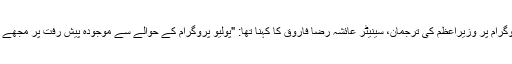
پولیو کے تدارک کے پروگرام پر وزیراعظم کی ترجمان، سینیٹر عائشہ رضا فاروق کا کہنا تھا: "پولیو پروگرام کے حوالے سے موجودہ پیش رفت پر مجھے فخر محسوس ہو رہا ہے۔